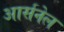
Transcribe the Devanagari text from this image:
आर्सनेल